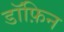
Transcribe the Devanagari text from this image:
डॉफ़िन